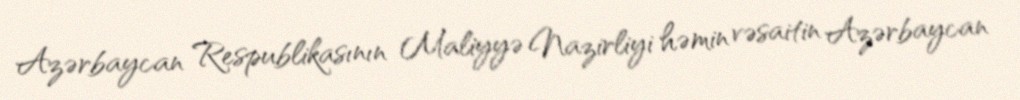
Azərbaycan Respublikasının Maliyyə Nazirliyi həmin vəsaitin Azərbaycan